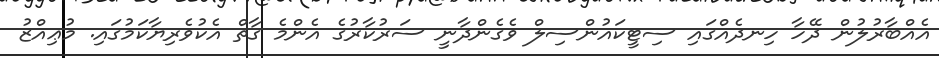
އެއްބާރުލުން ދޭހާ ހިނދެއްގައި ސިޓީކައުންސިލް ވެގެންދާނީ ސަރުކާރުގެ އެންމެ ގާތް އެކުވެރިޔާކަމުގައި. މުޢިއްޒު